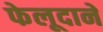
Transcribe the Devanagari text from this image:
फेलूदाने